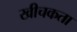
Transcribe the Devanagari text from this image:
खीचकता